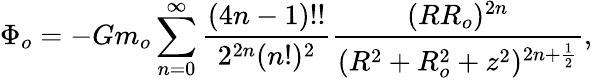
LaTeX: \Phi_{o}=-Gm_{o}\sum_{n=0}^{\infty}\frac{(4n-1)!!}{2^{2n}(n!)^{2}}\frac{(RR_{o})^{2n}}{(R^{2}+R_{o}^{2}+z^{2})^{2n+\frac{1}{2}}},